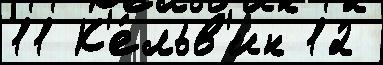
11 К'е́льв'ин 12